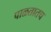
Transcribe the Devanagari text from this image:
पाळतातच